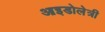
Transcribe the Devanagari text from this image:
आइडोलेत्री